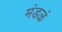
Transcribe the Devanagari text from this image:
मंडळं